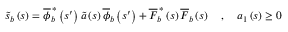
\begin{array} { r } { \widetilde { s } _ { b } \left( s \right) = \overline { { \phi } } _ { b } ^ { \, \ast } \left( s ^ { \prime } \right) \widetilde { a } \left( s \right) \overline { { \phi } } _ { b } \left( s ^ { \prime } \right) + \overline { { F } } _ { b } ^ { \, \ast } \left( s \right) \overline { { F } } _ { b } \left( s \right) \quad , \quad a _ { 1 } \left( s \right) \ge 0 } \end{array}